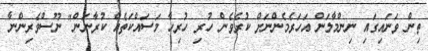
ތިން ވަނައިގައި ނިންމާލަން އަހަރެމެންނަށް ކުރެވެން ހުރި ހުރިހާ މަސައްކަތެއް ކުރާނަން" ނޫސްވެރިންނާ